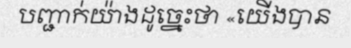
បញ្ជាក់យ៉ាងដូច្នេះថា «យើងបាន